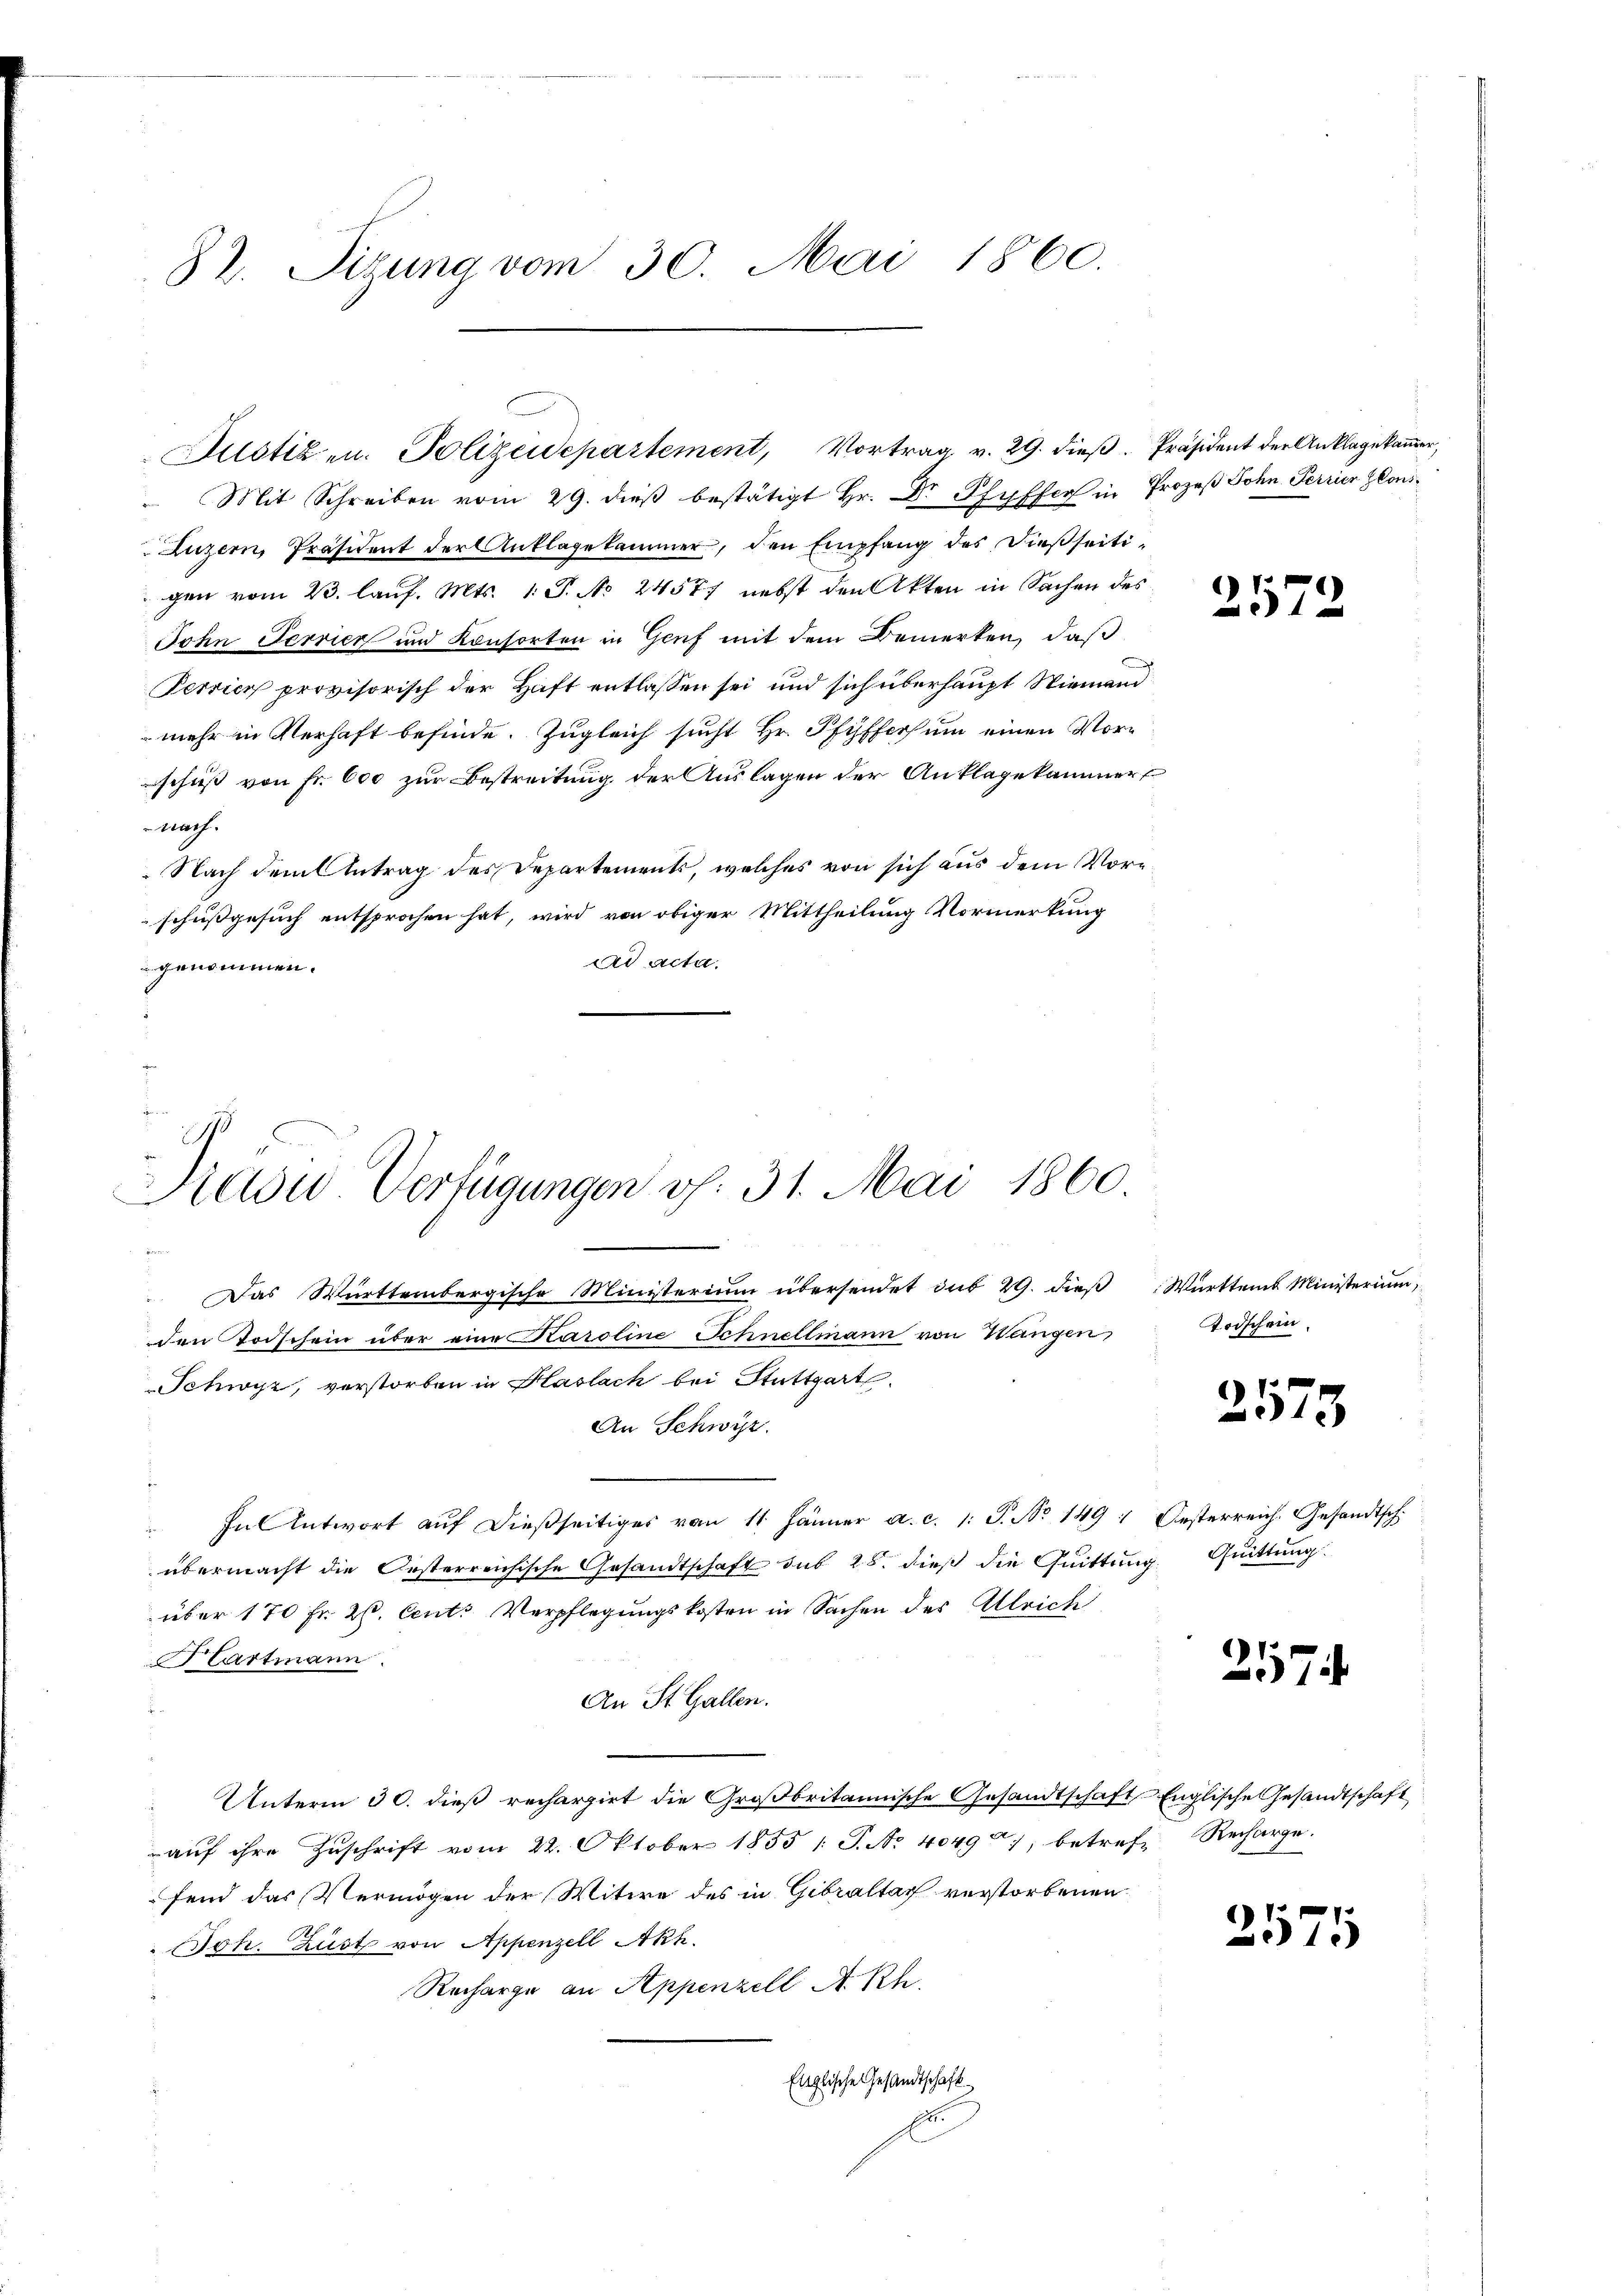
82. Sizung vom 30. Mai 1860.

Mit Schreiben vom 29. dieβ bestätigt Hr. Dr Pfyffer in Prozeß Sohn. Ferrier los¬
Luzern, Präsident der Anklagekammer, den Empfang des dießseitigen vom 23. lauf. Mts. 1. P. No 24577 nebst den Akten in Sachen des
John Terrier und Konsorten in Genf mit dem Bemerken, daß
Perrich provisorisch der Haft entlassen sei und sich überhaupt Niemand
mehr in Verhaft befinde. Zugleich sucht Hr. Pfyffers um einen Vorschuß von Fr. 600 zur Bestreitung der Auslagen der Anklagekammer
Nach.
Nach dem Antrag des Departements, welches von sich aus dem Vorschussgesuch entsprochen hat, wird von obiger Mittheilung Vormerkung
ad acta.
genommen.

Justiz u. Polizeidepartement, Vortrag v. 29. dieβ. Präsident der Anklage kamer,

Prasie Verfügungen v. 31. Mai 1860.
d

Das Württembergische Ministerium übersendet sub 29. dieß
den Torschein über eine Karoline Schnellmann von Weingen,
Schwyz, verstorben in Plaslach bei Stuttgart
An Schwyz.
" In Antwort auf dießseitiges vom 11. Jänner a. c. 1: J. No 149: Oesterreich. Gesandtsch.
übermacht die Oesterreichische Gesandtschaft sub 28. dieß die Quittung. Quittung
über 170 Fr. 26. Cent. Verpflegungskosten in Sachen der Alleich
Hartmann.
An St. Gallen.
Unterm 30. dieß rechargirt die Großbritannische Gesandtschaft, Englische Gesandtschaft
auf ihre Zuschrift vom 22. Oktober 1855 /: P. Nr. 40497, betref Recharge.
fend das Vermögen der Witwe des in Gebraltar verstorbenen
Joh. Zust von Appenzell Akh.
Recharge an Appenzell A. Rh.
Englische Gesandtschaft
.

2572

Württem Ministerium
Todschein

2573

2574.

2575